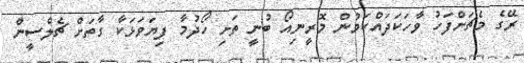
ރޭގެ މެޗަށްފަހު ވާހަކަދައްކަމުން މޮރީނިއޯ ބުނީ ތަށި ހޯދުމާ ފިޔަވަޅަކާ ގާތަށް ޗެލްސީން